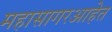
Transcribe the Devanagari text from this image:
महासागरआहेत